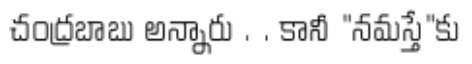
చంద్రబాబు అన్నారు . . కానీ "నమస్తే"కు